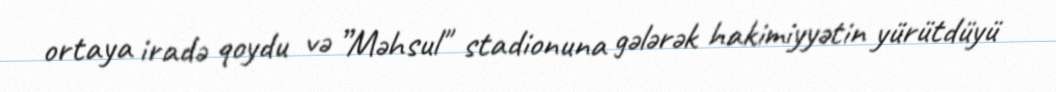
ortaya iradə qoydu və ”Məhsul" stadionuna gələrək hakimiyyətin yürütdüyü